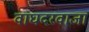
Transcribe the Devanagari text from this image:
वाघदरवाजा